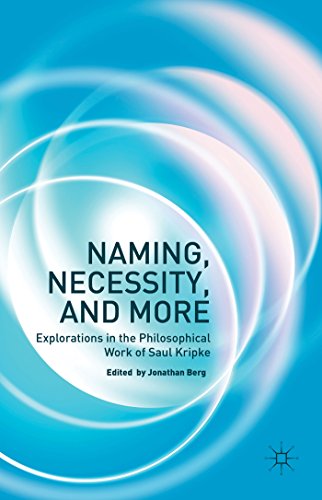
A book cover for Naming, Necessity and More: Explorations in the Philosophical Work of Saul Kripke; Politics & Social Sciences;